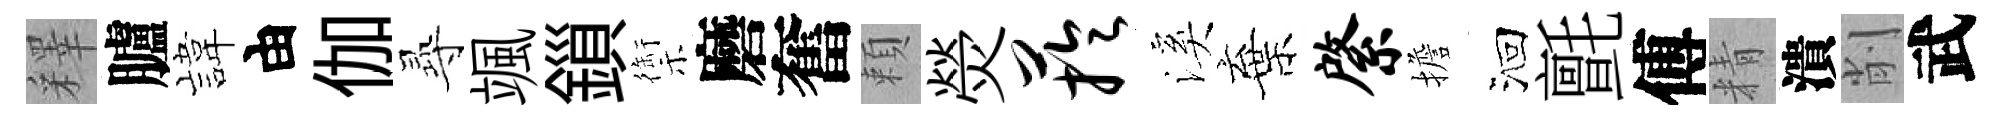
釋臚旗由伽𡬶颯鎻禦磨奮頼熒芋溪棄綮擔洄氈傅精潰削武